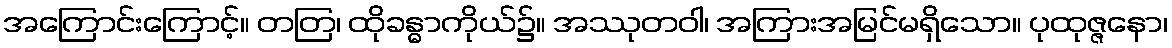
အကြောင်းကြောင့်။ တတြ၊ ထိုခန္ဓာကိုယ်၌။ အဿုတဝါ၊ အကြားအမြင်မရှိသော။ ပုထုဇ္ဇနော၊